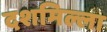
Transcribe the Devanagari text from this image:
दशमिल्ला